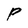
Character: P